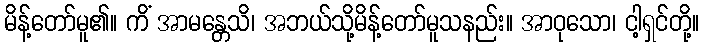
မိန့်တော်မူ၏။ ကိံ အာမန္တေသိ၊ အဘယ်သို့မိန့်တော်မူသနည်း။ အာဝုသော၊ ငါ့ရှင်တို့။